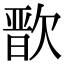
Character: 𭭒